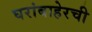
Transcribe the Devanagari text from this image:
घरांबाहेरची